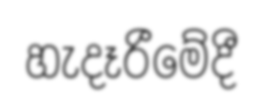
හැදෑරීමේදී